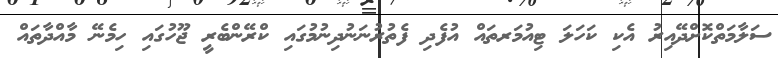
ސަލާމަތްކޮށްދޭއިރު އެކި ކަހަލަ ޓިއުމަރތައް އުފެދި ފެތުރުނަނުދިނުމުގައި ކްރޭންބެރީ ޖޫހުގައި ހިމެނޭ މާއްދާތައް